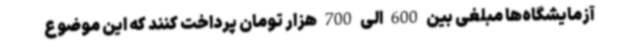
آزمایشگاه‌ها مبلغی بین 600 الی 700 هزار تومان پرداخت کنند که این موضوع